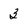
Character: 3